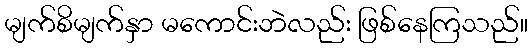
မျက်စိမျက်နှာ မကောင်းဘဲလည်း ဖြစ်နေကြသည်။